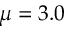
\mu = 3 . 0